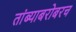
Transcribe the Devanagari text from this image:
तांब्याबरोबरच